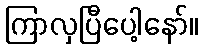
ကြာလှပြီပေါ့နော်။